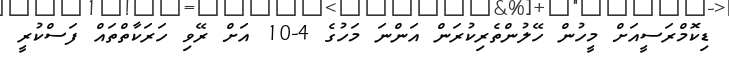
ޑިކޮމްރަސީއަށް މީހުން ހޭލުންތެރިކުރަން އަންނަ މަހުގެ 4-10 އަށް ރޭވި ހަރަކާތްތައް ފަސްކުރީ